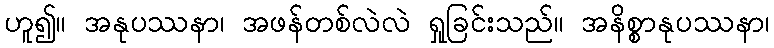
ဟူ၍။ အနုပဿနာ၊ အဖန်တစ်လဲလဲ ရှုခြင်းသည်။ အနိစ္စာနုပဿနာ၊